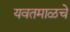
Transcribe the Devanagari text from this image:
यवतमाळचे